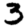
Digit: 3